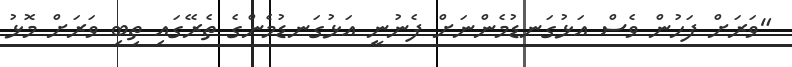
"ވަރަށް ފަހުން ވެސް އަޅުގަނޑުމެންނަށް ފެނުނީ އަޅުގަނޑުމެންގެ ތެރޭގައި ތިބި ވަރަށް މޮޅު